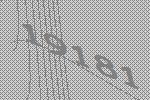
19181